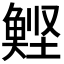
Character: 𮫹